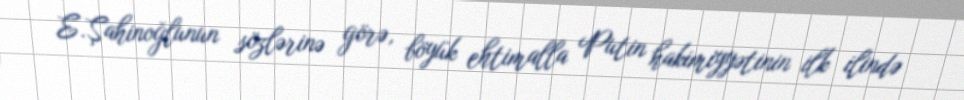
E.Şahinoğlunun sözlərinə görə, böyük ehtimalla Putin hakimiyyətinin ilk ilində